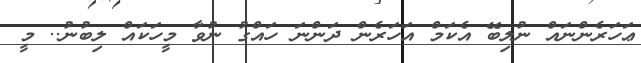
ޢަހަރެންނައް ނުލިބޭ އެކަމް އަހަރެން ދަންނަ ހައްގު ނުވާ މީހަކައް ލިބުނު.. މީ